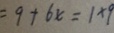
= 9 + 6 x = 1 \times 9